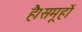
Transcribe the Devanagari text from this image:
है।समूहों